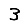
Digit: 3